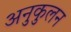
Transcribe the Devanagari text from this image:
अनुकुलन